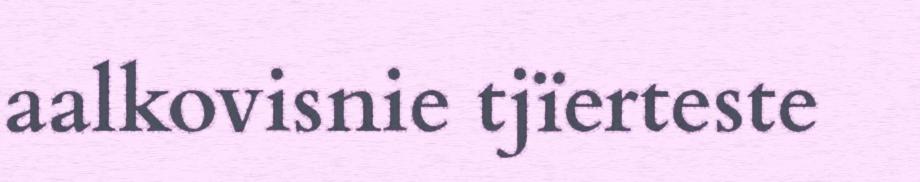
aalkovisnie tjïerteste